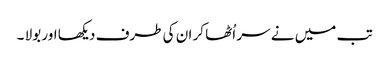
تب میں نے سر اُٹھا کر ان کی طرف دیکھا اور بولا ۔